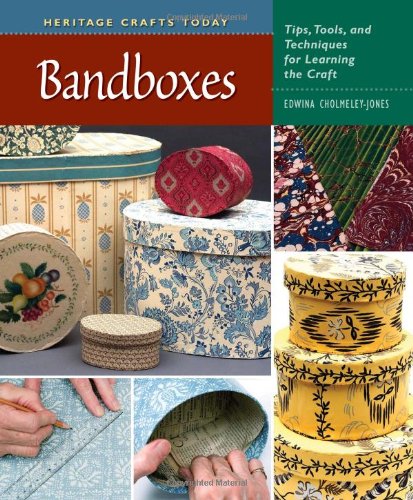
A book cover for Bandboxes: Tips, Tools, and Techniques for Learning the Craft (Heritage Crafts); Edwina Cholmeley-Jones; Crafts, Hobbies & Home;